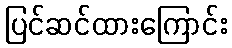
ပြင်ဆင်ထားကြောင်း